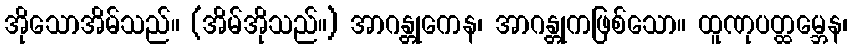
အိုသောအိမ်သည်။ (အိမ်အိုသည်။) အာဂန္တုကေန၊ အာဂန္တုကဖြစ်သော။ ထူဏုပတ္ထမ္ဘေန၊